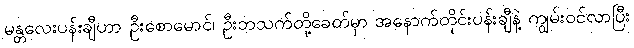
မန္တလေးပန်းချီဟာ ဦးစောမောင်၊ ဦးဘသက်တို့ခေတ်မှာ အနောက်တိုင်းပန်းချီနဲ့ ကျွမ်းဝင်လာပြီး